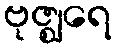
ဗုဇ္ဈရေ